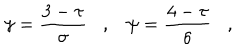
\gamma = \frac { 3 - \tau } { \sigma } \, \, \, \, \, , \, \, \, \, \, \psi = \frac { 4 - \tau } { \sigma } \, \, \, \, \, , \, \, \, \, \,